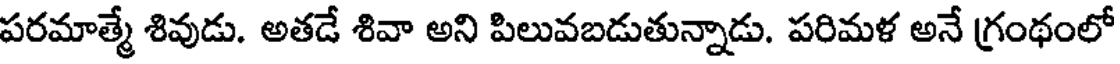
పరమాత్మే శివుడు. అతడే శివా అని పిలువబడుతున్నాడు. పరిమళ అనే గ్రంథంలో